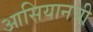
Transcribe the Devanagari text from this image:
आसियानची